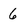
Character: 6